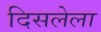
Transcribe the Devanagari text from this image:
दिसलेला